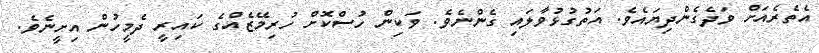
އެތެރެއަށް ވަދެގެންދިޔައެވެ. އަތުގުޅުވާލައި ގެންނެވެ. ވަކިން ހުސްކޮށް ހުރިމޭޒެއްގެ ކައިރީ ދެމީހުން އިށީނެވެ.